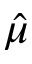
\hat { \mu }